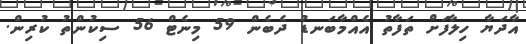
އާދަޔާ ހިލާފަށް ތަފާތު އެއްމާބަނޑު ދެބެން 59 މިނެޓް 56 ސިކުންތު ކުރިން.